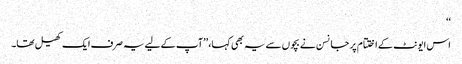
‘‘
اس ایونٹ کے اختتام پر جانسن نے بچوں سے یہ بھی کہا، ’’آپ کے لیے یہ صرف ایک کھیل تھا۔